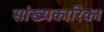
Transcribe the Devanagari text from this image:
सांख्‍यकारिका